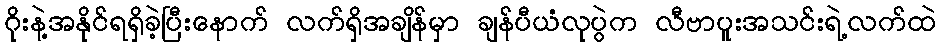
ဂိုးနဲ့အနိုင်ရရှိခဲ့ပြီးနောက် လက်ရှိအချိန်မှာ ချန်ပီယံလုပွဲက လီဗာပူးအသင်းရဲ့လက်ထဲ